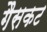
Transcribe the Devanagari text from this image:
गैसकट